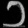
Digit: ၁